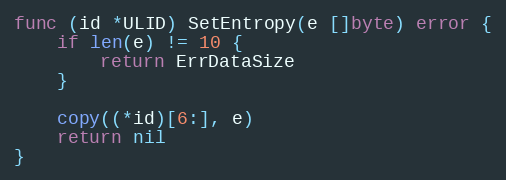
Language: Go
func (id *ULID) SetEntropy(e []byte) error {
	if len(e) != 10 {
		return ErrDataSize
	}

	copy((*id)[6:], e)
	return nil
}